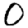
Digit: 0